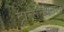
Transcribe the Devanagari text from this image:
ट्रान्सनॅशनल